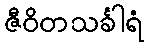
ဇီဝိတသင်္ခါရံ